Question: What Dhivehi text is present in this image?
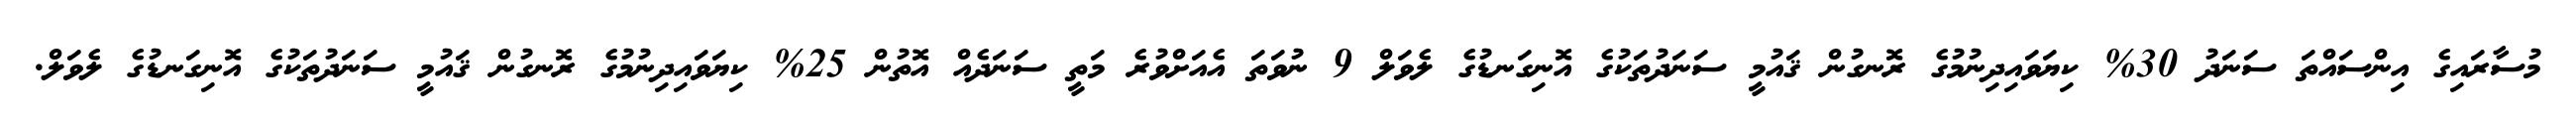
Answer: މުސާރައިގެ އިންސައްތަ ސަނަދު 30% ކިޔަވައިދިނުމުގެ ރޮނގުން ޤައުމީ ސަނަދުތަކުގެ އޮނިގަނޑުގެ ލެވަލް 9 ނުވަތަ އެއަށްވުރެ މަތީ ސަނަދެއް އޮތުން 25% ކިޔަވައިދިނުމުގެ ރޮނގުން ޤައުމީ ސަނަދުތަކުގެ އޮނިގަނޑުގެ ލެވަލް.